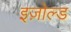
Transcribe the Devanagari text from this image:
इज़ोल्ड